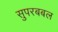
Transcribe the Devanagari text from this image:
सुपरबबल